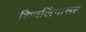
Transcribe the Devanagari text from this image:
शिवलिंगासह